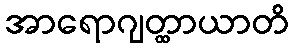
အာရောဂျတ္ထာယာတိ